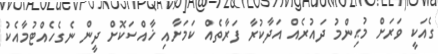
ގެއަކީ ވަރަށް މުޙިންމު ދައުރެއް އަދާކުރާ ފަރާތެއް ކަމަށާއި ޚާއްސަކޮށް ދީން ނެގެހެއްޓުމާއެކު